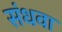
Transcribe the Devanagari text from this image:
संधवा